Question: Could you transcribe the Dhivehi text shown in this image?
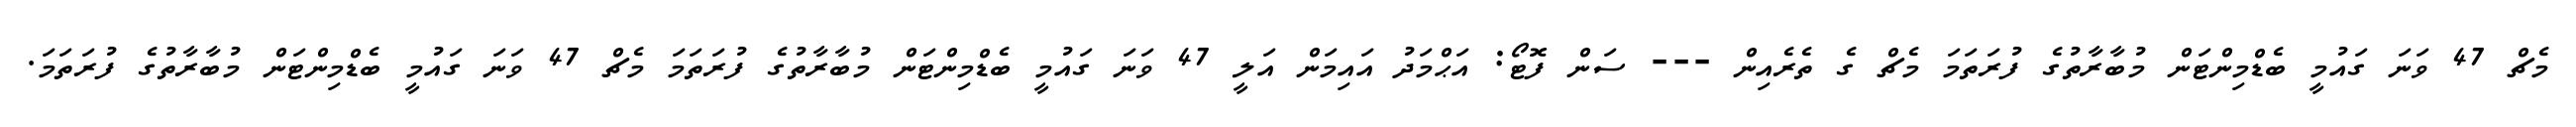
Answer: މެޗް 47 ވަނަ ގައުމީ ބެޑްމިންޓަން މުބާރާތުގެ ފުރަތަމަ މެޗް ގެ ތެރެއިން --- ސަން ފޮޓޯ: އަޙްމަދު އައިމަން އަލީ 47 ވަނަ ގައުމީ ބެޑްމިންޓަން މުބާރާތުގެ ފުރަތަމަ މެޗް 47 ވަނަ ގައުމީ ބެޑްމިންޓަން މުބާރާތުގެ ފުރަތަމަ.